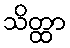
သိတ္ထာ